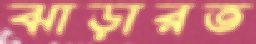
ঝাড়ারত